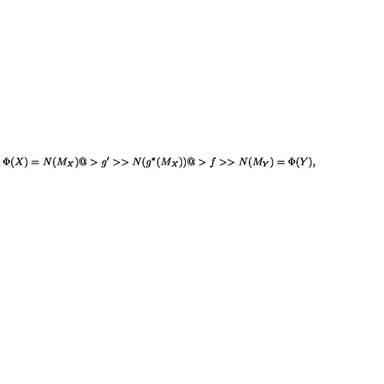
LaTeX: \Phi ( X ) = N ( M _ { X } ) @ > g ^ { \prime } > > N ( g ^ { * } ( M _ { X } ) ) @ > f > > N ( M _ { Y } ) = \Phi ( Y ) ,